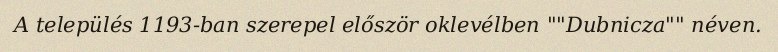
A település 1193-ban szerepel először oklevélben ""Dubnicza"" néven.